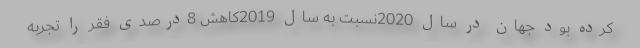
کرده بود جهان در سال 2020نسبت به سال 2019کاهش 8درصدی فقر را تجربه